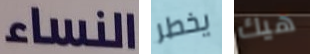
النساء يخطر هيك